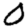
Digit: 0